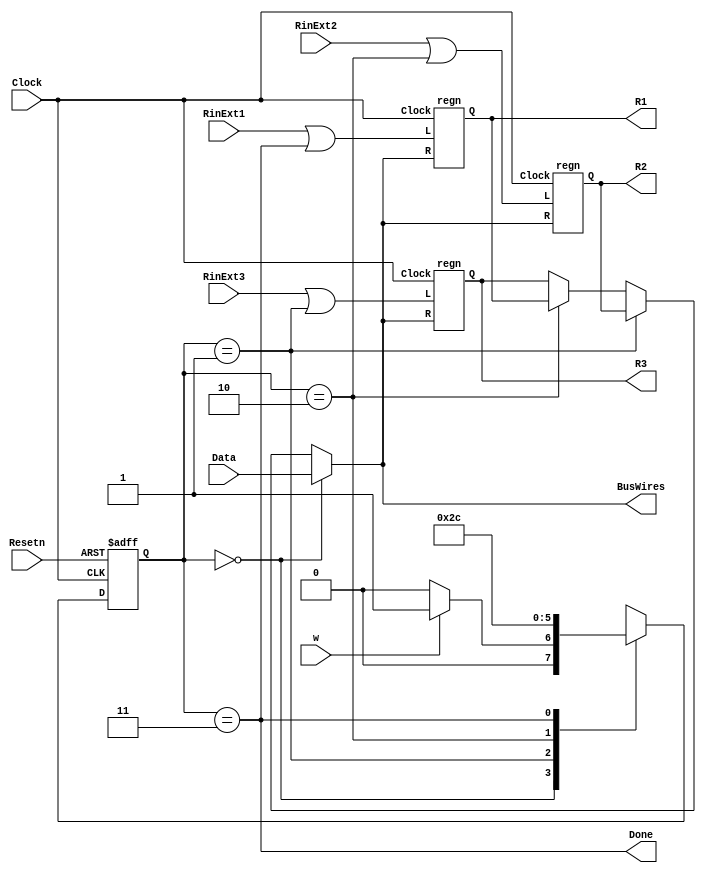
module swapmux (Resetn, Clock, w, Data, RinExt1, RinExt2, RinExt3, BusWires, Done, R1, R2, R3);
parameter n = 8;
input Resetn, Clock, w, RinExt1, RinExt2, RinExt3;
input [n-1:0] Data;
output [n-1:0] BusWires, R1, R2, R3;
reg [n-1:0] BusWires;
output Done;
wire [n-1:0] R1, R2, R3;
wire R1in, R2in, R3in;
reg [2:1] y, Y;
parameter [2:1] A = 2'b00, B = 2'b01, C = 2'b10, D = 2'b11;
// Define the next state combinational circuit for FSM
always @(w or y)
case (y)
A: if (w) Y = B;
else Y = A;
B: Y = C;
C: Y = D;
D: Y = A;
endcase
// Define the sequential block for FSM
always @(negedge Resetn or posedge Clock)
if (Resetn == 0) y<=A;
else y<=Y;
// Define control signals
assign R3in = (y == B);
assign R2in = (y == C);
assign R1in = (y == D);
assign Done = (y == D);
// Instantiate registers
regn reg1 (BusWires, RinExt1 | R1in, Clock, R1);
regn reg2 (BusWires, RinExt2 | R2in, Clock, R2);
regn reg3 (BusWires, RinExt3 | R3in, Clock, R3);
// Define the multiplexers
always @(y or Data or R1 or R2 or R3)
if (y == A) BusWires = Data;
else if (y == B) BusWires = R2;
else if (y == C) BusWires = R1;
else BusWires = R3;
endmodule
module regn(R, L, Clock, Q);
parameter n = 8;
input [n-1:0] R;
input L, Clock;
output[n-1:0] Q;
reg [n-1:0] Q;
always @(posedge Clock)
if (L)
Q <= R;
endmodule